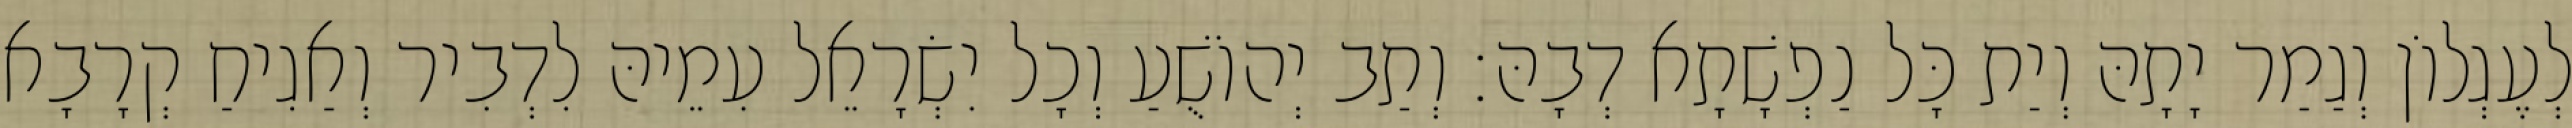
לְעֶגְלוֹן וְגַמַר יָתָהּ וְיַת כָּל נַפְשָׁתָא דְבָהּ׃ וְתַב יְהוֹשֻׁעַ וְכָל יִשְׂרָאֵל עִמֵיהּ לִדְבִיר וְאַגִיחַ קְרָבָא